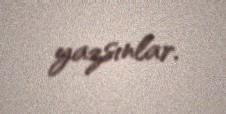
yazsınlar.